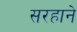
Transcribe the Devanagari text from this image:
सरहाने